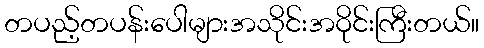
တပည့်တပန်းပေါများအသိုင်းအဝိုင်းကြီးတယ်။